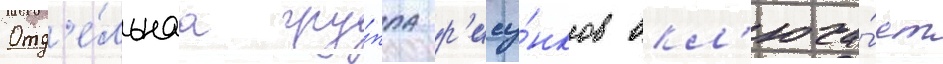
Отд'е́льнаа гру́ппа р'ису́нков вкл'юча́ет